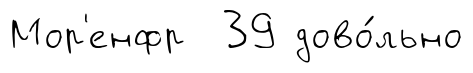
Мор'енфр 39 дово́льно